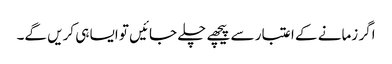
اگر زمانے کے اعتبار سے پیچھے چلے جائیں تو ایسا ہی کریں گے۔